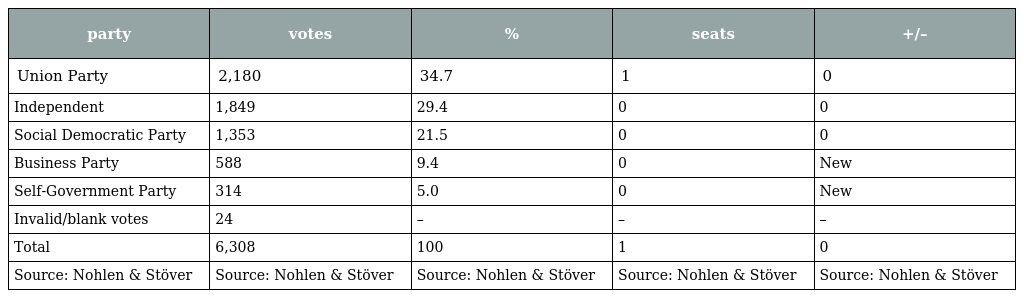
| party | votes | % | seats | +/– |
 | --- | --- | --- | --- | --- |
 | Union Party | 2,180 | 34.7 | 1 | 0 |
 | Independent | 1,849 | 29.4 | 0 | 0 |
 | Social Democratic Party | 1,353 | 21.5 | 0 | 0 |
 | Business Party | 588 | 9.4 | 0 | New |
 | Self-Government Party | 314 | 5.0 | 0 | New |
 | Invalid/blank votes | 24 | – | – | – |
 | Total | 6,308 | 100 | 1 | 0 |
 | Source: Nohlen & Stöver | Source: Nohlen & Stöver | Source: Nohlen & Stöver | Source: Nohlen & Stöver | Source: Nohlen & Stöver |